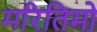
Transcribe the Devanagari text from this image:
मरितिमो